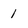
Character: 1